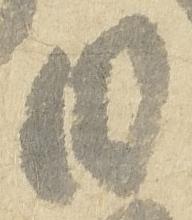
日